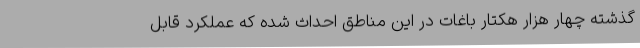
گذشته چهار هزار هکتار باغات در این مناطق احداث شده که عملکرد قابل